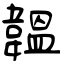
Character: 韞